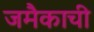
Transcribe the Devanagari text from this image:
जमैकाची